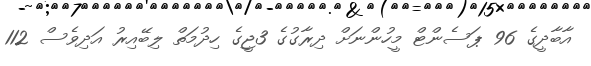
އާބާދީގެ 96 ޕަސެންޓް މީހުންނަށް ދިރާގުގެ 3ޖީގެ ހިދުމަތް ލިބޭއިރު އަދިވެސް 112